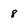
Character: 8